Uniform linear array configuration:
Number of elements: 8
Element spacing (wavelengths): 0.25
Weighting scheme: blackman
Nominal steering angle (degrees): -15
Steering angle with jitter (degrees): -16.934
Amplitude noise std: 0.05
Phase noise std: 0.05

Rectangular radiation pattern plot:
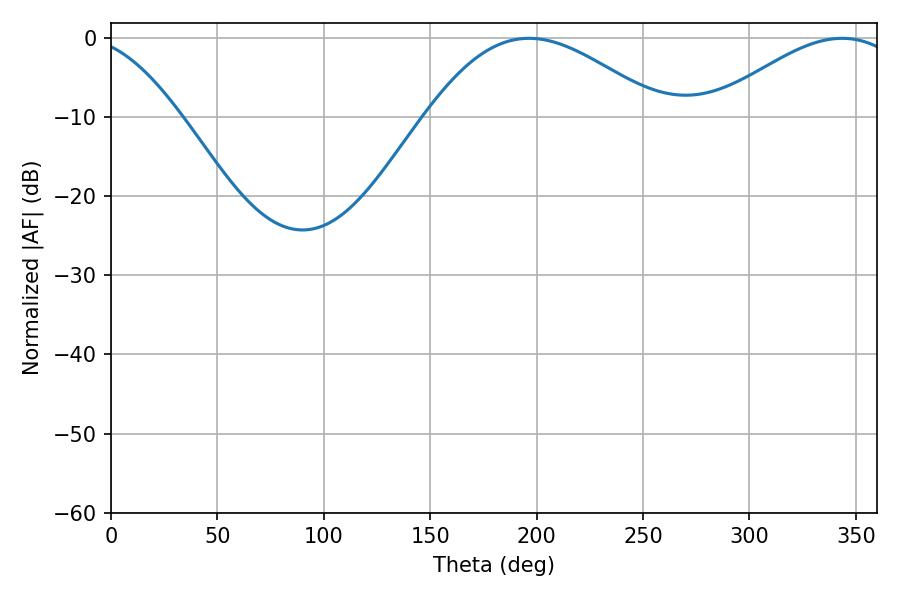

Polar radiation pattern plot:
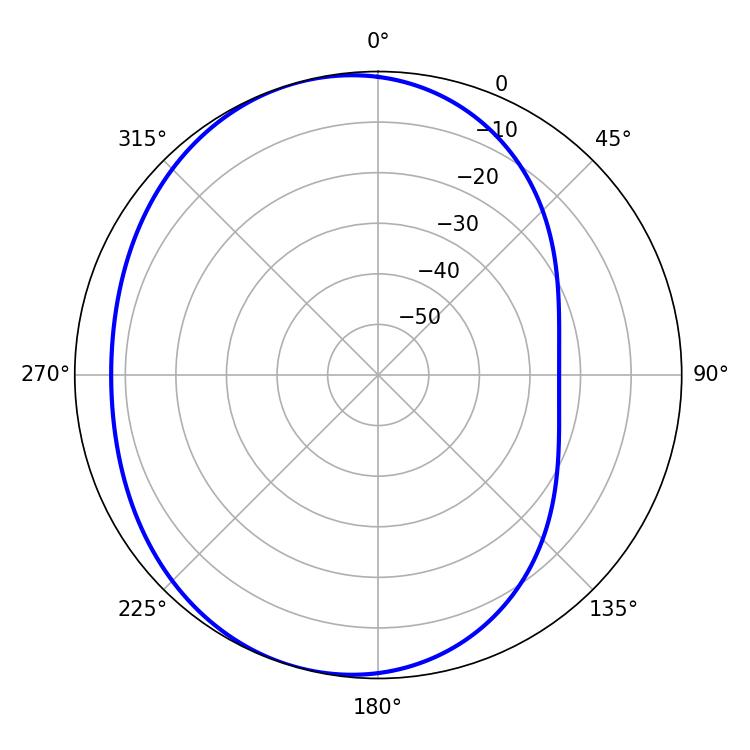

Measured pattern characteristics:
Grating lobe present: FALSE
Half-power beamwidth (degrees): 59.58
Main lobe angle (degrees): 196.38